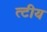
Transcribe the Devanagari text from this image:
त्टीय